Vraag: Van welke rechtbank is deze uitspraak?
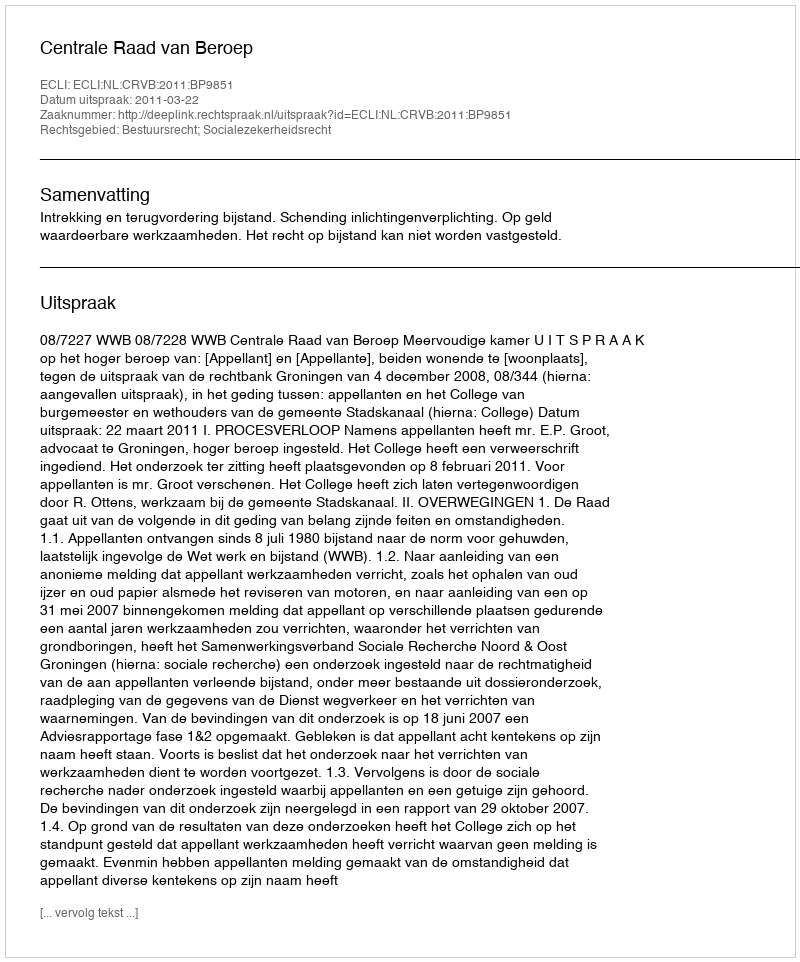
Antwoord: Centrale Raad van Beroep